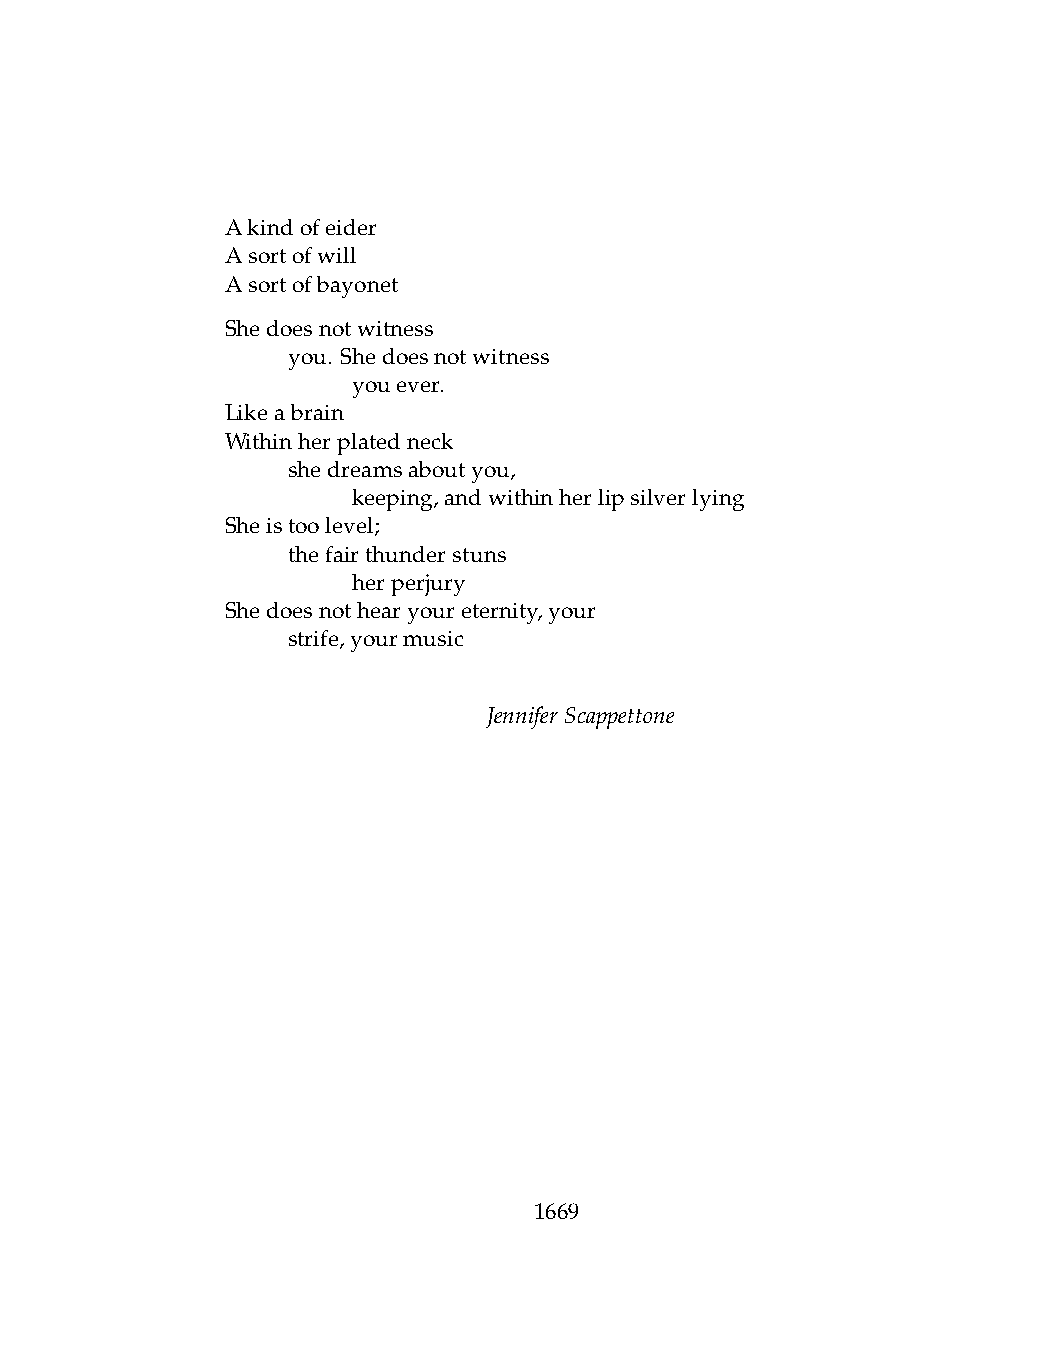
Akindofeider
 Asortofwill
 Asortofbayonet
 Shedoesnotwitness
 .   you. Shedoesnotwitness
 .   .   youever.
 Likeabrain
 Withinherplatedneck
 .   shedreamsaboutyou,
 .   .   keeping,andwithinherlipsilverlying
 Sheistoolevel;
 .   thefairthunderstuns
 .   .   herperjury
 Shedoesnothearyoureternity,your
 .   strife,yourmusic
 JenniferScappettone
 1669